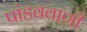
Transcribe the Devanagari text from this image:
पांडववाणी